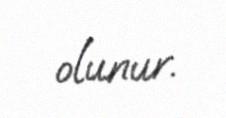
olunur.